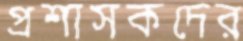
প্রশাসকদের